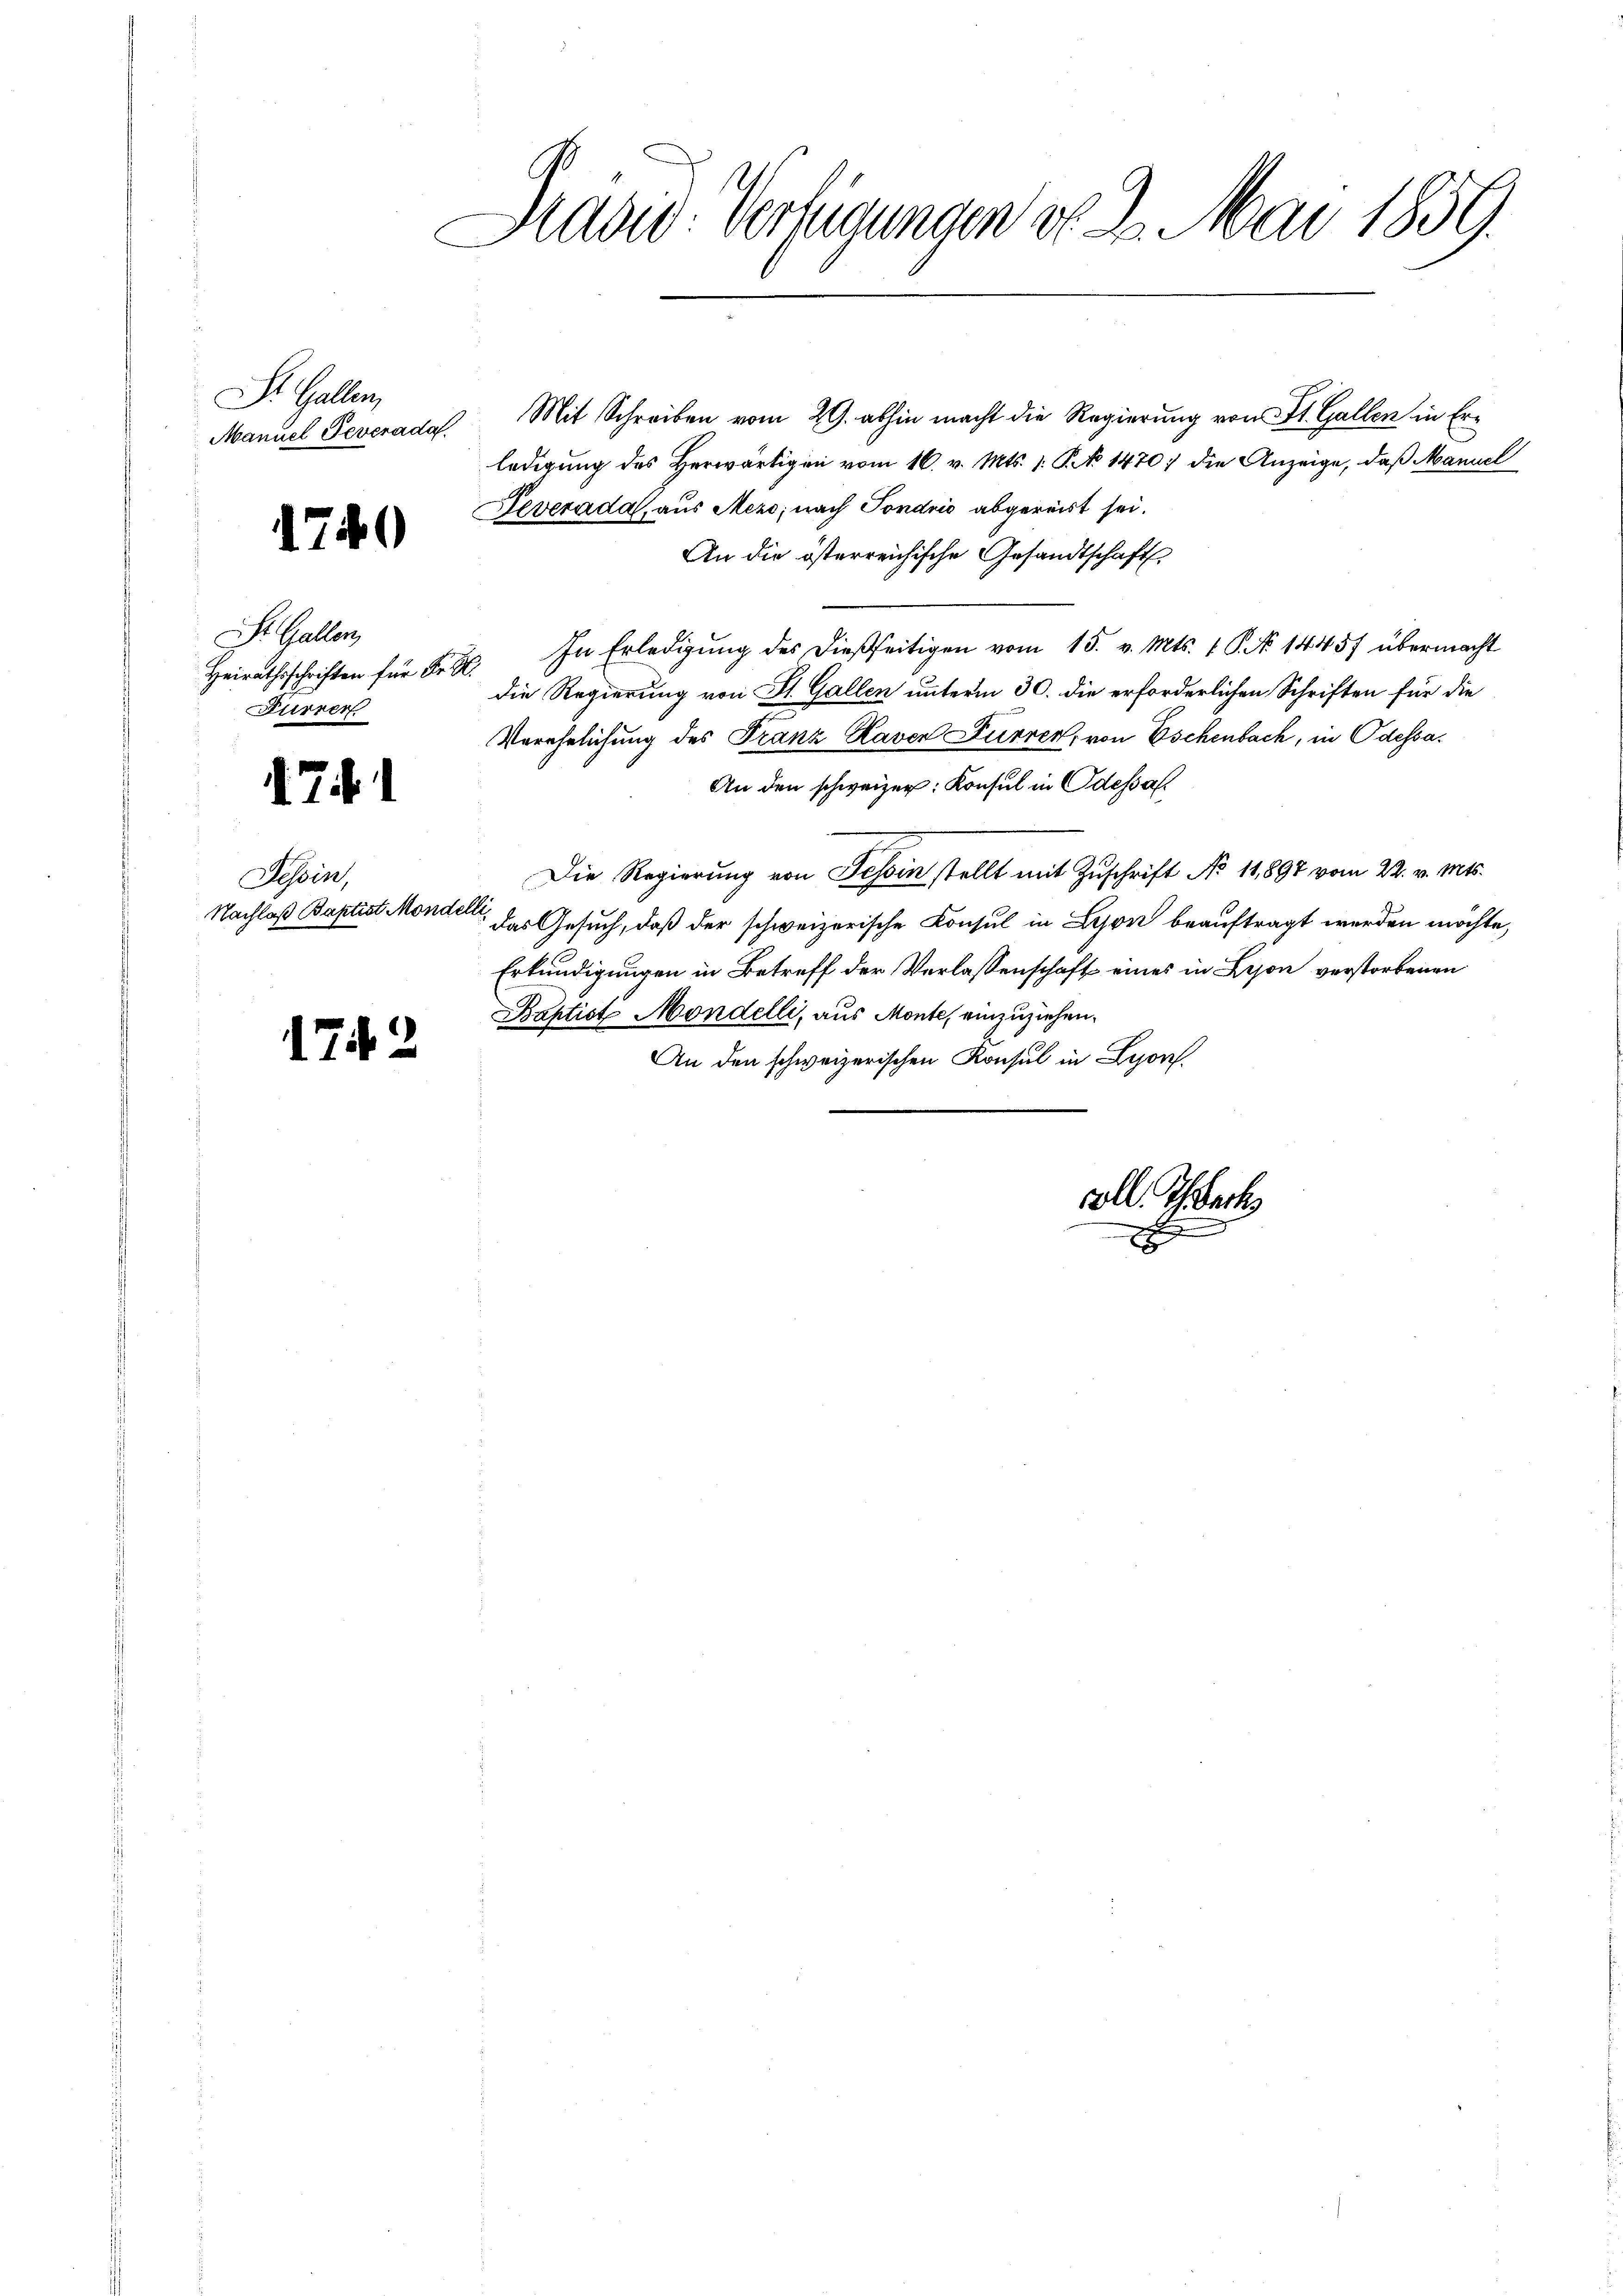
St. Gallen,

St. Gallen,
Heirathsschriften für Fr. K.
Furren

1749

4.7.

17

¬

Tessin,
Nachlaß Baptist Mondelle

Präsid. Vertigungen d. 2. Mai 1859.

Manuel Feverada. Mit Schreiben vom 29. abhin macht die Regierung von St. Gallen in Erledigung des Herwärtigen vom 16. v. Mts. 1. P. No 1470) die Anzeige, daß Manuel
Severada, aus Mezo; nach Sondrio abgereist sei.
An die österreichische Gesandtschaft
In Erledigung des dießseitigen vom 15. v. Mts. 1 S. 14457 übermacht
die Regierung von St. Gallen unterm 30. die erforderlichen Schriften für die
Verehelichung des Franz Raven Furren, von Eschenbach, in Odessa¬
An den schweizer: Konsul in Odessal
Die Regierung von Tessin stellt mit Zuschrift No 11,897 vom 22. v. Mts.
das Gesuch, daß der schweizerische Konsul in Lyon beauftragt werden möchte,
Erkundigungen in Betreff der Verlassenschaft eines in Beson verstorbenen
Baptist Mondelli, aus Monte, einzuziehen.
An den schweizerischen Konsul in Lyons.

coll Theobach